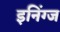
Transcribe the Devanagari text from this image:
इनिंग्ज